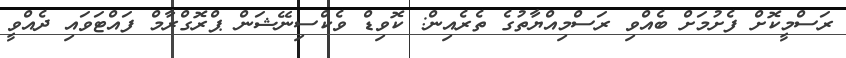
ރަސްމީކޮށް ފެށުމަށް ބެއްވި ރަސްމިއްޔާތުގެ ތެރެއިން: ކޮވިޑް ވެކްސިނޭޝަން ޕްރޮގްރާމް ފައްޓަވައި ދެއްވީ